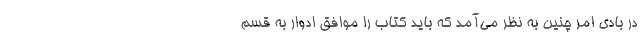
در بادى امر چنین به نظر مى‌آمد که باید کتاب را موافق ادوار به قسم